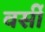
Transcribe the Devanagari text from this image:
वर्सी